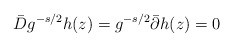
\begin{align*}\bar D g^{-s/2} h(z)=g^{-s/2}\bar \partial h(z)=0\end{align*}